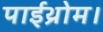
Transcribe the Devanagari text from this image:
पाईथ्रोम।